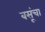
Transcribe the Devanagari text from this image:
बसूंचा